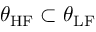
\boldsymbol { \theta } _ { \mathrm { H F } } \subset \boldsymbol { \theta } _ { \mathrm { L F } }